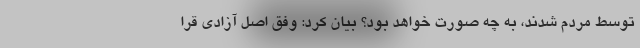
توسط مردم شدند، به چه صورت خواهد بود؟ بیان کرد: وفق اصل آزادی قرا